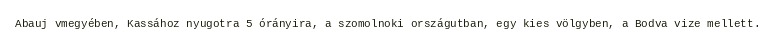
Abauj vmegyében, Kassához nyugotra 5 órányira, a szomolnoki országutban, egy kies völgyben, a Bodva vize mellett.